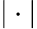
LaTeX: \vert\cdot\vert